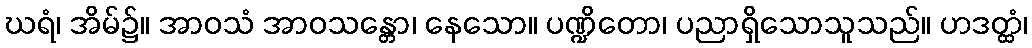
ဃရံ၊ အိမ်၌။ အာဝသံ အာဝသန္တော၊ နေသော။ ပဏ္ဍိတော၊ ပညာရှိသောသူသည်။ ဟဒတ္ထံ၊